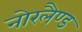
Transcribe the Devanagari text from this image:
नोरलैण्ड